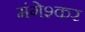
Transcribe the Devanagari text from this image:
मंगेश्कर